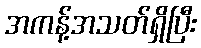
အကန့်အသတ်ရှိပြီး